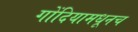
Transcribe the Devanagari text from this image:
गोंदियामधूनच